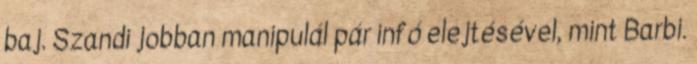
baj. Szandi jobban manipulál pár infó elejtésével, mint Barbi.